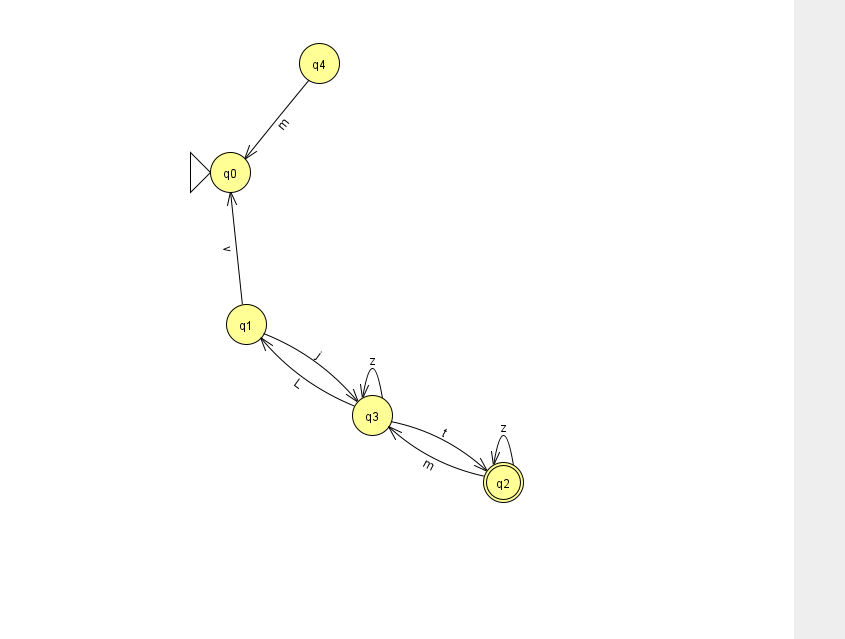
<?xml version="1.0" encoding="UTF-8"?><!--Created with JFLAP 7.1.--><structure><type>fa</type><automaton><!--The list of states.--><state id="0" name="q0"><x>230.0</x><y>159.0</y><initial/></state><state id="1" name="q1"><x>246.0</x><y>311.0</y></state><state id="2" name="q2"><x>503.0</x><y>469.0</y><final/></state><state id="3" name="q3"><x>372.0</x><y>402.0</y></state><state id="4" name="q4"><x>319.0</x><y>50.0</y></state><!--The list of transitions.--><transition><from>3</from><to>2</to><read>t</read></transition><transition><from>1</from><to>3</to><read>j</read></transition><transition><from>4</from><to>0</to><read>m</read></transition><transition><from>2</from><to>2</to><read>z</read></transition><transition><from>3</from><to>3</to><read>z</read></transition><transition><from>1</from><to>0</to><read>v</read></transition><transition><from>2</from><to>3</to><read>m</read></transition><transition><from>3</from><to>1</to><read>L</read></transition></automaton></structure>